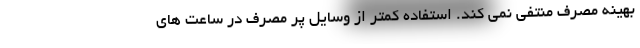
بهینه مصرف منتفی نمی کند. استفاده کمتر از وسایل پر مصرف در ساعت های